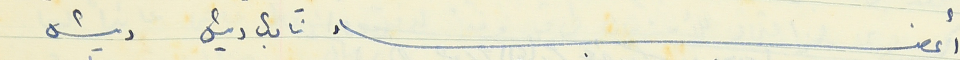
أعضاء نائب رئيس رئيس